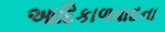
આદિકાળવાદના